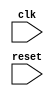
module AXI_bus_controller (
    input wire clk,
    input wire reset,
    // Add input and output ports as needed for data transactions
);

   // Add Verilog code for timing control and synchronization blocks

endmodule